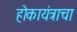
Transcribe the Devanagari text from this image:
होकायंत्राचा